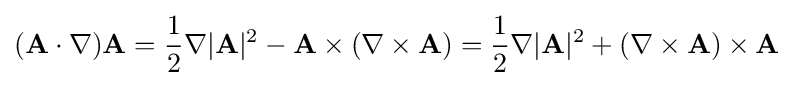
(\mathbf {A} \cdot \nabla )\mathbf {A} ={\frac {1}{2}}\nabla |\mathbf {A} |^{2}-\mathbf {A} \times (\nabla \times \mathbf {A} )={\frac {1}{2}}\nabla |\mathbf {A} |^{2}+(\nabla \times \mathbf {A} )\times \mathbf {A}